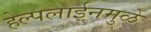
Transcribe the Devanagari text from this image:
हेल्पलाईनमुळे